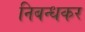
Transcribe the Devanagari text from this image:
निबन्धकर